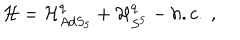
{ \cal H } = { \cal H } _ { A d S _ { 5 } } ^ { q } + { \cal H } _ { S ^ { 5 } } ^ { q } - h . c . \ ,